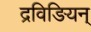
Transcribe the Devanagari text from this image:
द्रविङियन्